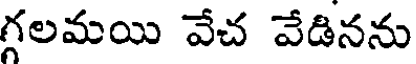
గలమయి వేచ వేడినను